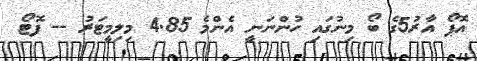
އޮޕޯ އާރު5ގެ ބޯ މިނުގައި ހުންނަނީ އެންމެ 4.85 މިލިމީޓަރު -- ފޮޓޯ